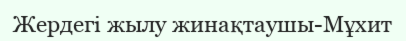
Жердегі жылу жинақтаушы-Мұхит